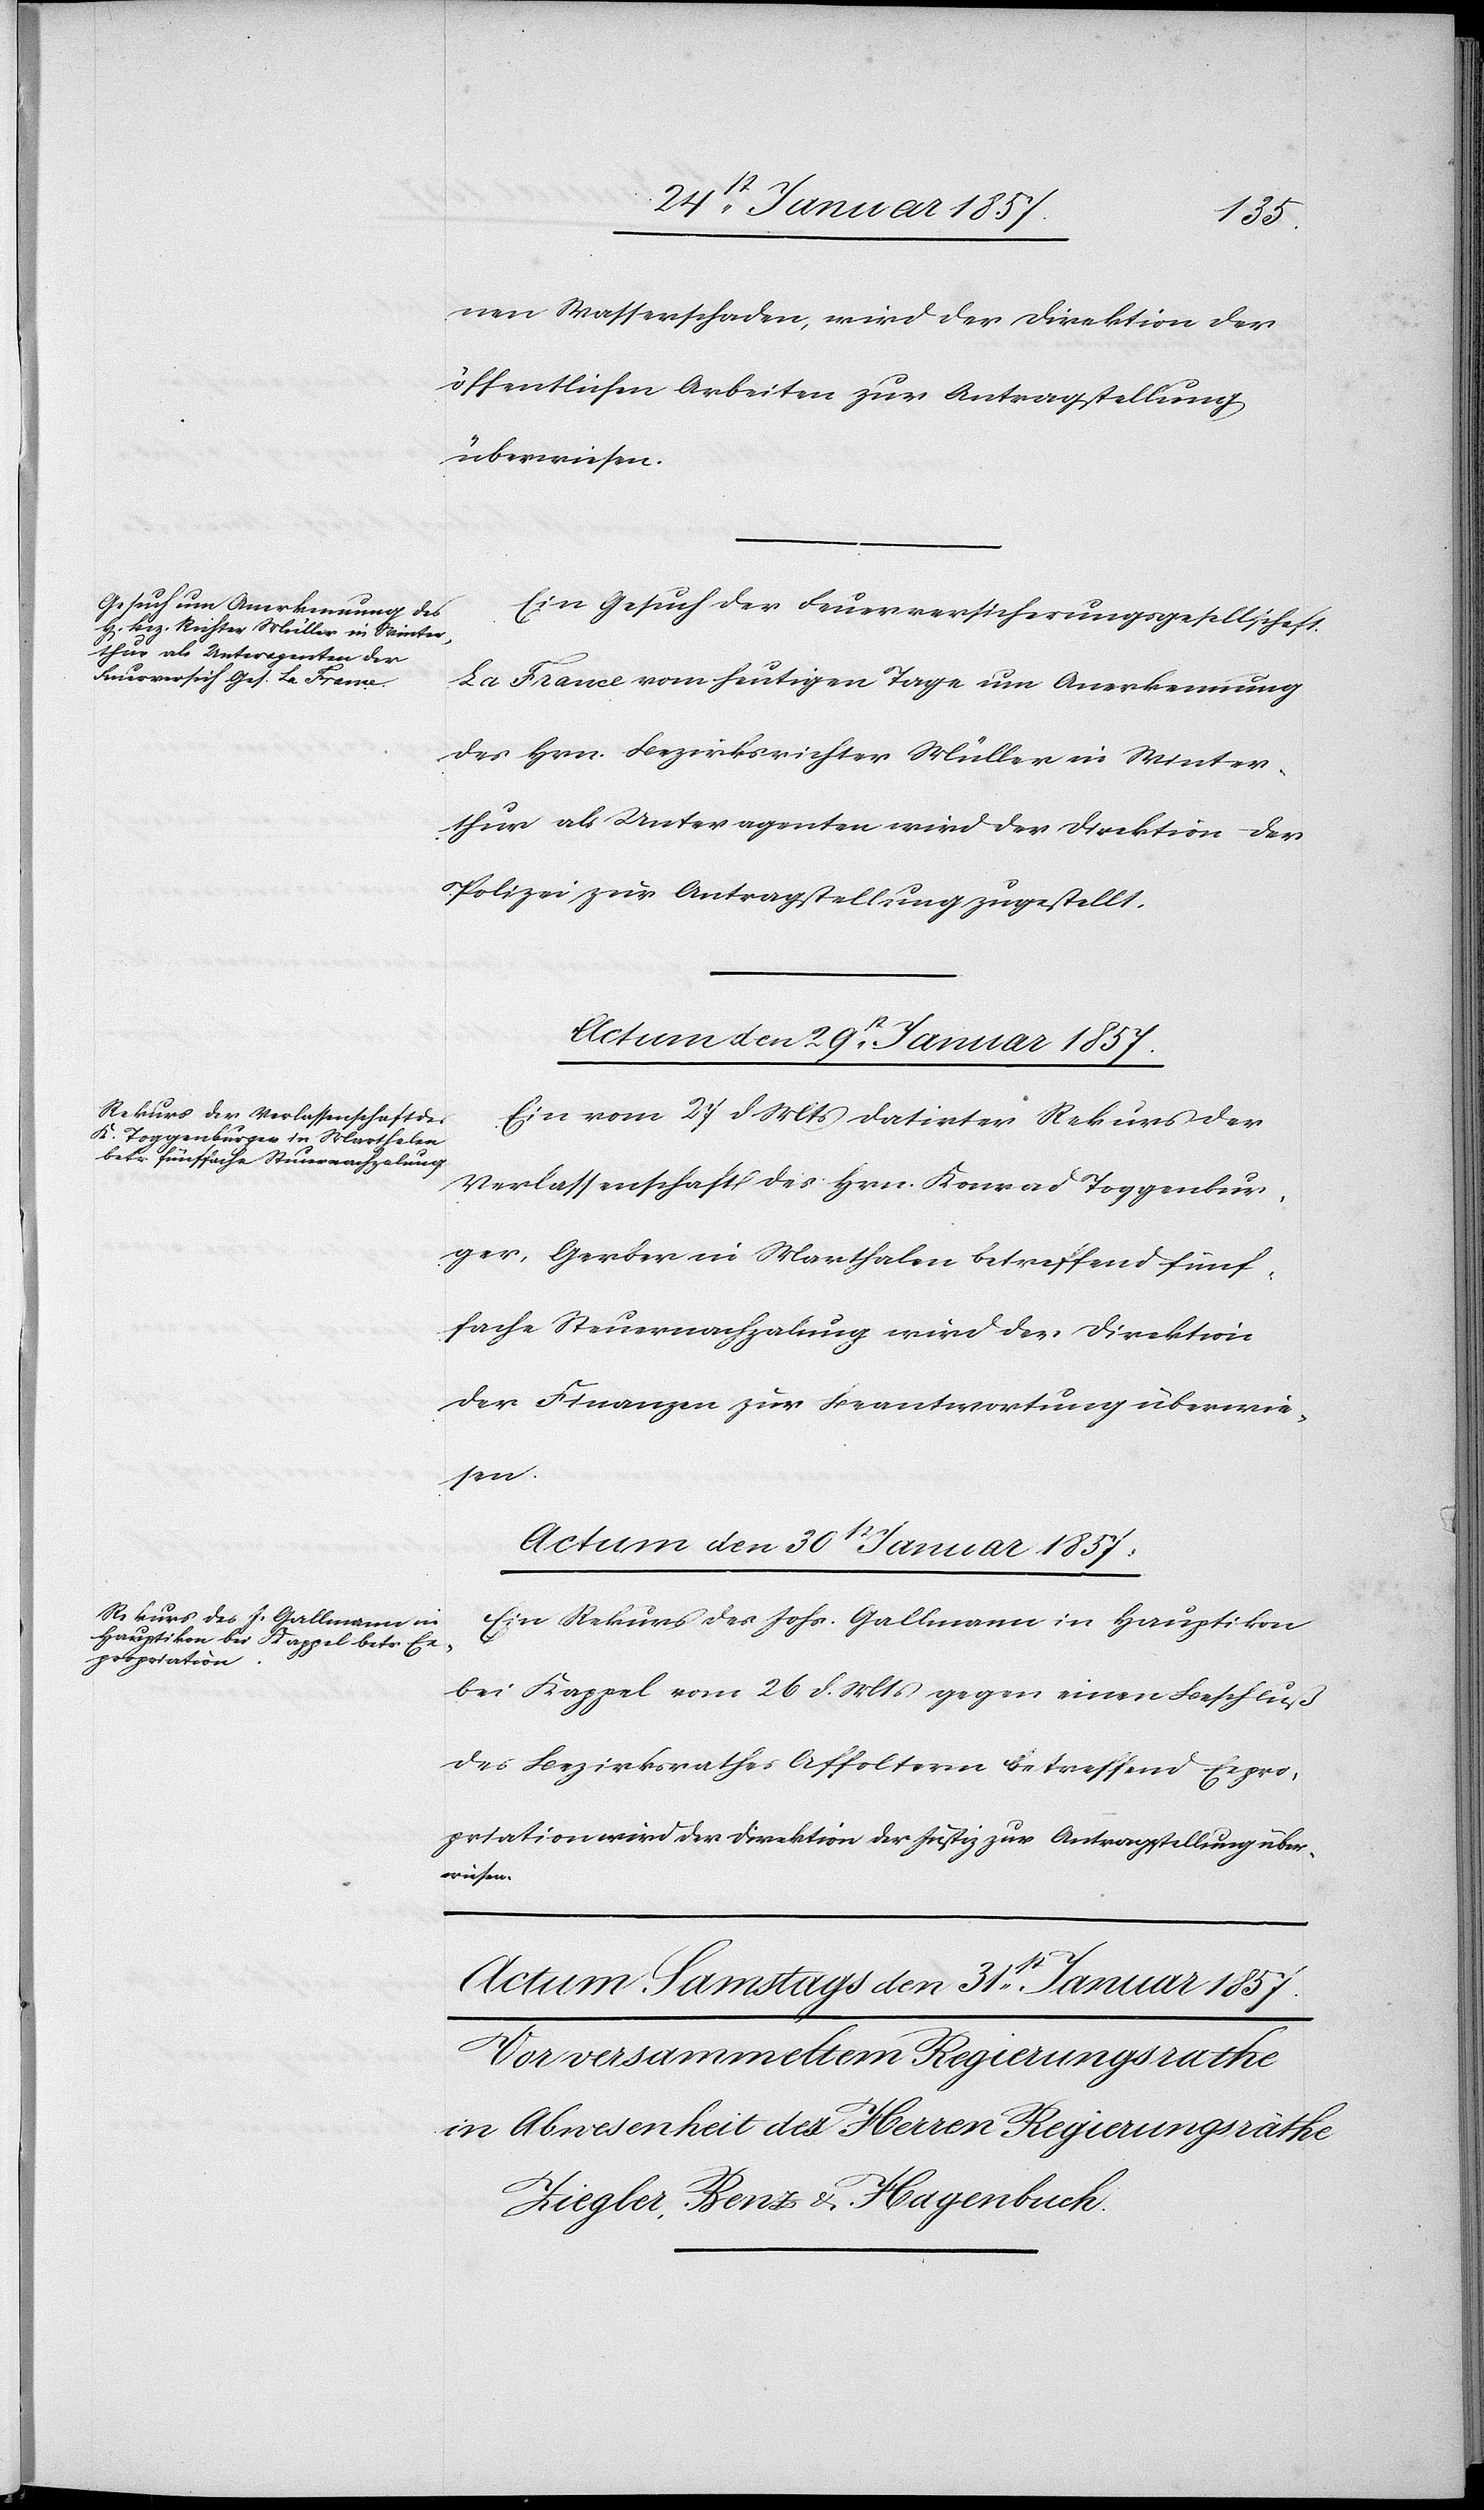
nen Wasserschaden, wird der Direktion der
öffentlichen Arbeiten zur Antragstellung
überwiesen.
Ein Gesuch der Feuerversicherungsgesellschaft
La France vom heutigen Tage um Anerkennung
des Hrn. Bezirksrichter Müller in Winter¬
thur als Unteragenten wird der Direktion der
Polizei zur Antragstellung zugestellt.
Actum den 29t Januar 1857.
Ein vom 27 d. Mts datirter Rekurs der
Verlassenschaft des Hrn. Konrad Toggenbur¬
ger, Gerber in Marthalen betreffend fünf¬
fache Steuernachzahlung wird der Direktion
der Finanzen zur Beantwortung überwie¬
sen.
Actum den 30t Januar 1857.
Ein Rekurs des Johs. Gallmann in Hauptikon
bei Kappel vom 26 d. Mts gegen einen Beschluß
des Bezirksrathes Affoltern betreffend Expro¬
priation wird der Direktion der Justiz zur Antragstellung über¬
wiesen.